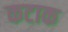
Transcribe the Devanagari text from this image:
कटाक